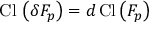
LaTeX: \mathrm { C l } \, \left( \delta F _ { p } \right) = d \, \mathrm { C l } \left( F _ { p } \right)